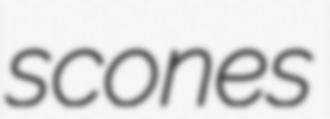
scones